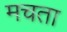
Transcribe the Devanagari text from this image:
मचता